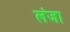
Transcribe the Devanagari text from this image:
लंजा